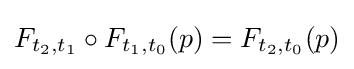
F_{t_{2},t_{1}}\circ F_{t_{1},t_{0}}(p)=F_{t_{2},t_{0}}(p)